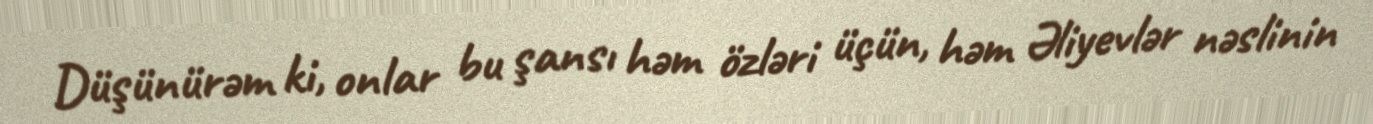
Düşünürəm ki, onlar bu şansı həm özləri üçün, həm Əliyevlər nəslinin